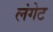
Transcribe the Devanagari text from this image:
लंगेट